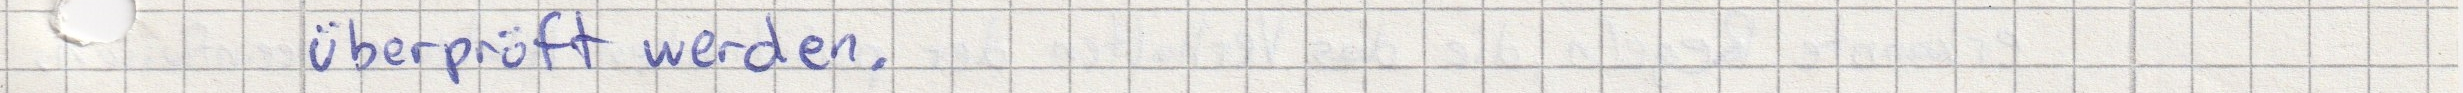
überprüft werden.